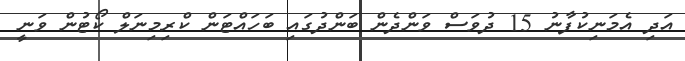
އަދި އެމަނިކުފާނު 15 ދުވަސް ވަންދެން ބަންދުގައި ބަހައްޓަން ކްރިމިނަލް ކޯޓުން ވަނީ